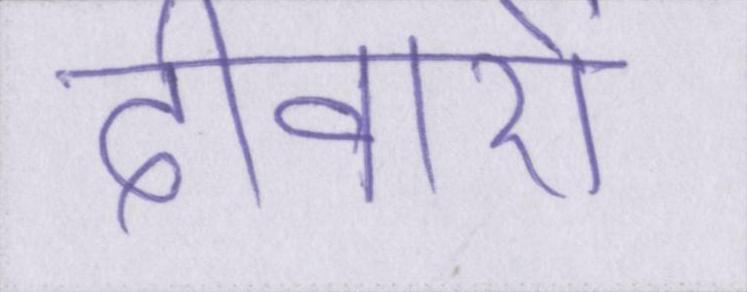
दीवारों